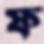
ফ